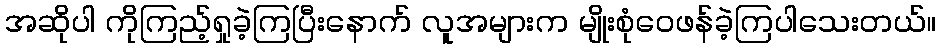
အဆိုပါ ကိုကြည့်ရှုခဲ့ကြပြီးနောက် လူအများက မျိုးစုံဝေဖန်ခဲ့ကြပါသေးတယ်။